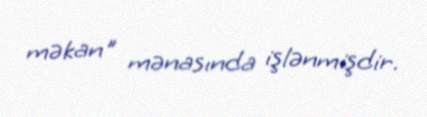
məkan" mənasında işlənmişdir.